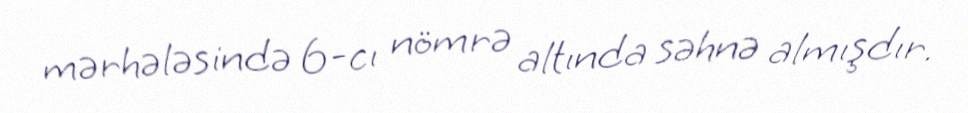
mərhələsində 6-cı nömrə altında səhnə almışdır.